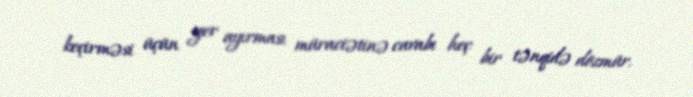
keçirməsi üçün yer ayırması müraciətinə cavabı heç bir tənqidə dözmür.